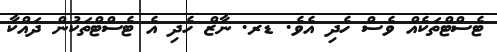
ޓެސްޓްތަކެއް ވެސް ހެދި އެވެ. ޑރ. ނާޒް ހެދި އެ ޓެސްޓްތަކުން ދައްކާ